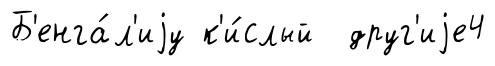
Б'енга́л'иjу к'и́слый друг'иjе4